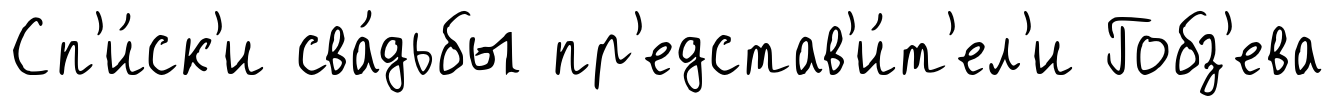
Сп'и́ск'и сва́дьбы пр'едстав'и́т'ел'и Гобз'ева